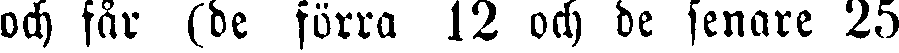
och får (de förra 12 och de senare 25